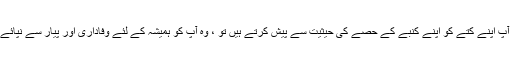
اگر آپ اپنے کتے کو اپنے کنبے کے حصے کی حیثیت سے پیش کرتے ہیں تو ، وہ آپ کو ہمیشہ کے لئے وفاداری اور پیار سے نپائے گا۔